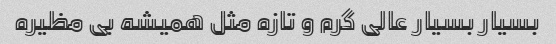
بسیار بسیار عالی گرم و تازه مثل همیشه بی مظیره